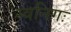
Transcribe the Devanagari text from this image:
स्वनिगः